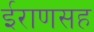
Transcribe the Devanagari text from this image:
ईराणसह